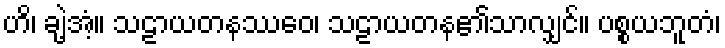
ဟိ၊ ချဲ့အံ့။ သဠာယတနဿေဝ၊ သဠာယတန၏သာလျှင်။ ပစ္စယဘူတံ၊